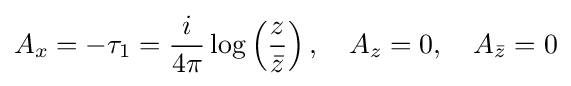
A_{x}=-\tau _{1}={\frac {i}{4\pi }}\log \left({\frac {z}{\bar {z}}}\right),\quad A_{z}=0,\quad A_{\bar {z}}=0